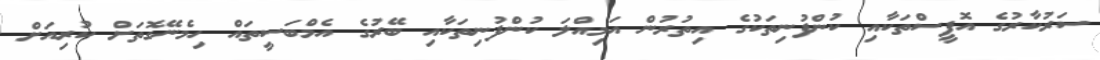
ސަރުކާރުގެ އޮފީސްތަކާއި ކުންފުނިތަކުގެ އިތުރުން އަމިއްލަ ކުންފުނިތަކާއި ބޭރުގެ އެމްބަސީތައް ހިމެނޭގޮތަށް ކުރިއަށް